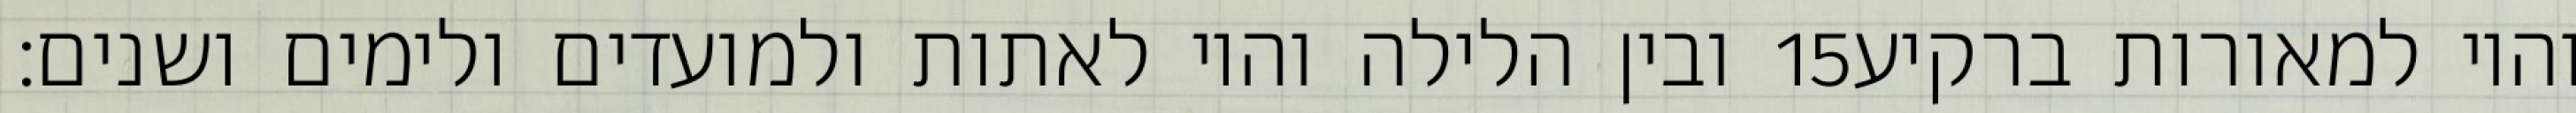
ובין הלילה והיו לאתות ולמועדים ולימים ושנים׃ ‎15‏ והיו למאורות ברקיע